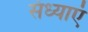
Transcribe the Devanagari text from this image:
संध्याएं